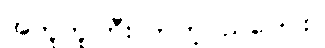
အတူတူကြီးလာတဲ့ငယ်ပေါင်း။